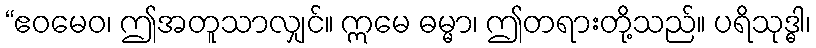
“ဧဝမေဝ၊ ဤအတူသာလျှင်။ ဣမေ ဓမ္မာ၊ ဤတရားတို့သည်။ ပရိသုဒ္ဓါ၊